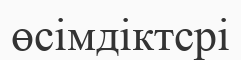
өсімдіктсрі